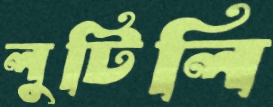
লুটিলি